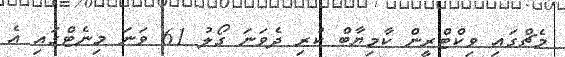
މެޗްގައި ވިކްޓްރީން ކާމިޔާބް ކުރި ދެވަނަ ގޯލު 61 ވަނަ މިނެޓްގައި އެ